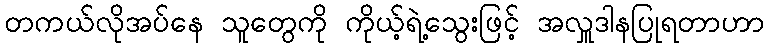
တကယ်လိုအပ်နေ သူတွေကို ကိုယ့်ရဲ့သွေးဖြင့် အလှူဒါနပြုရတာဟာ